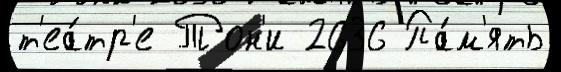
т'еа́тр'е Тон'и 2636 Па́м'ять